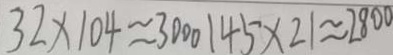
3 2 \times 1 0 4 \approx 3 0 0 0 1 4 5 \times 2 1 \approx 2 8 0 0